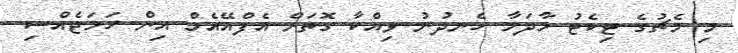
މި މެޗުގެ ޓިކެޓު މާދަމާ ހެނދުނު ވިއްކާ ގޮތަށް އެފްއޭއެމް އިން ހަމަޖެއްސި